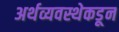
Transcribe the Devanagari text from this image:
अर्थव्यवस्थेकडून